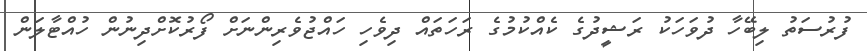
ފުރުސަތު ލިބޭހާ ދުވަހަކު ރަޝީދުގެ ކެއްކުމުގެ ރަހަތައް ދިވެހި ހައްޖުވެރިންނަށް ފޯރުކޮށްދިނުން ހުއްޓާލަން